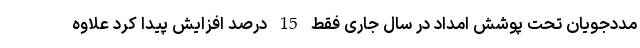
مددجویان تحت پوشش امداد در سال جاری فقط 15 درصد افزایش پیدا کرد علاوه